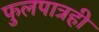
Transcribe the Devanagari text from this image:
फुलपात्रही